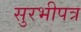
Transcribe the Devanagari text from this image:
सुरभीपत्र